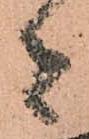
者